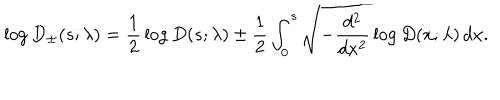
\log D _ { \pm } ( s ; \lambda ) = { \frac { 1 } { 2 } } \log D ( s ; \lambda ) \pm { \frac { 1 } { 2 } } \int _ { 0 } ^ { s } \sqrt { - { \frac { d ^ { 2 } } { d x ^ { 2 } } } \log D ( x ; \lambda ) } \, d x .